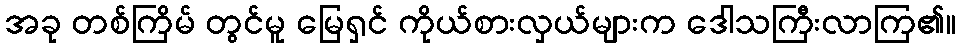
အခု တစ်ကြိမ် တွင်မူ မြေရှင် ကိုယ်စားလှယ်များက ဒေါသကြီးလာကြ၏။